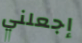
إجعلني